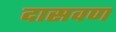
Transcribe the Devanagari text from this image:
दासवण